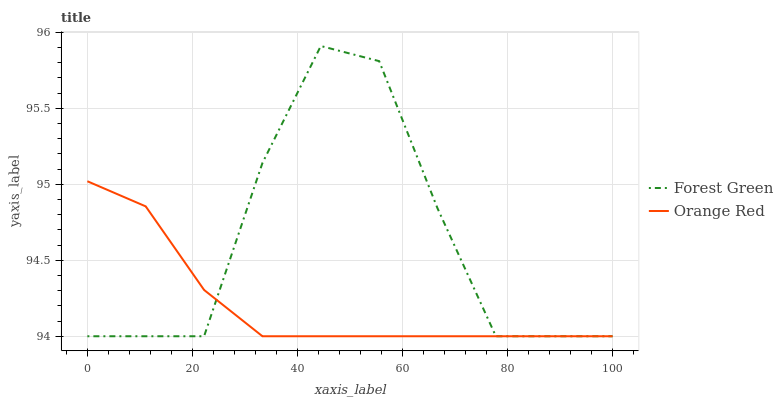
| xaxis_label | Forest Green | Orange Red |
 | --- | --- | --- |
 | 0 | 94 | 95 |
 | 11.1 | 94 | 94.9 |
 | 22.2 | 94 | 94.3 |
 | 33.3 | 95.1 | 94 |
 | 44.4 | 95.9 | 94 |
 | 55.6 | 95.8 | 94 |
 | 66.7 | 94.8 | 94 |
 | 77.8 | 94 | 94 |
 | 88.9 | 94 | 94 |
 | 100 | 94 | 94 |